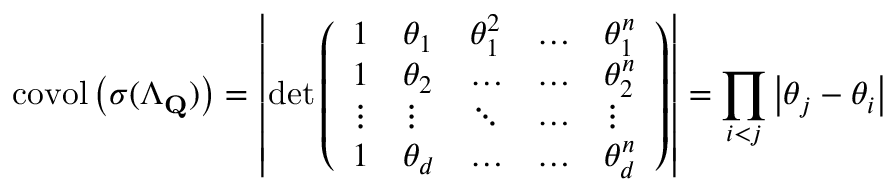
\operatorname { c o v o l } \left( \boldsymbol { \sigma } ( \Lambda _ { \mathbf { Q } } ) \right) = \left| \operatorname* { d e t } \left( \begin{array} { l l l l l } { 1 } & { \theta _ { 1 } } & { \theta _ { 1 } ^ { 2 } } & { \dots } & { \theta _ { 1 } ^ { n } } \\ { 1 } & { \theta _ { 2 } } & { \dots } & { \dots } & { \theta _ { 2 } ^ { n } } \\ { \vdots } & { \vdots } & { \ddots } & { \dots } & { \vdots } \\ { 1 } & { \theta _ { d } } & { \dots } & { \dots } & { \theta _ { d } ^ { n } } \end{array} \right) \right| = \prod _ { i < j } \left| \theta _ { j } - \theta _ { i } \right|